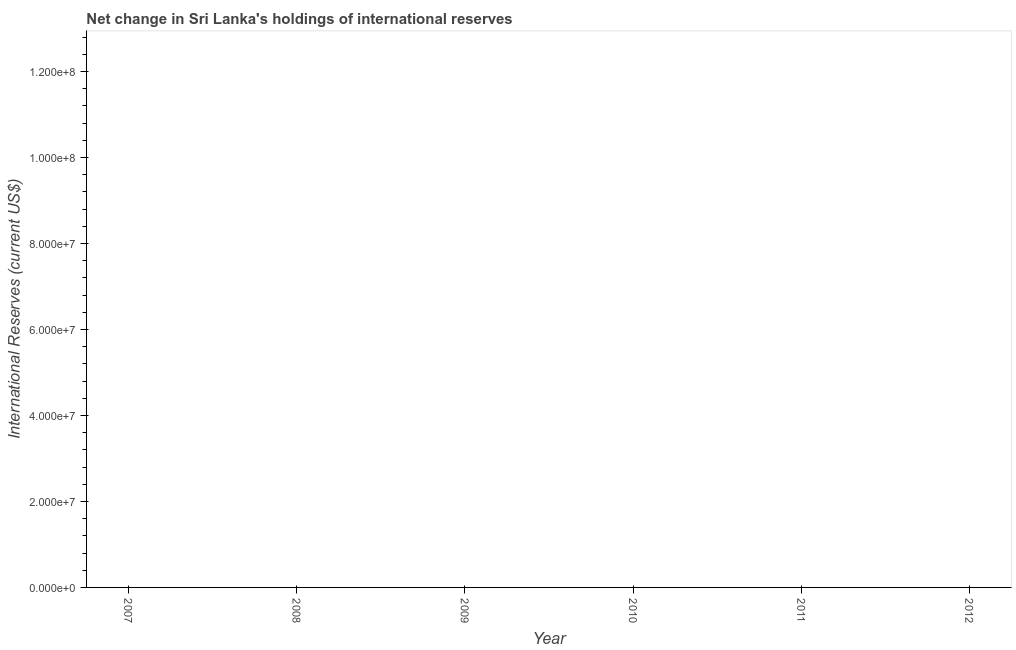
| Year | Reserves and related items |
 | --- | --- |
 | 2007 | -1.37e+09 |
 | 2008 | -2.97e+09 |
 | 2009 | -1.3e+09 |
 | 2010 | -2.78e+09 |
 | 2011 | -3.07e+09 |
 | 2012 | -2.3e+07 |